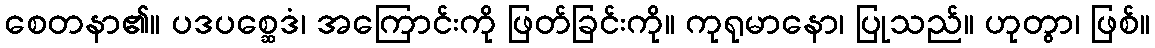
စေတနာ၏။ ပဒပစ္ဆေဒံ၊ အကြောင်းကို ဖြတ်ခြင်းကို။ ကုရုမာနော၊ ပြုသည်။ ဟုတွာ၊ ဖြစ်။